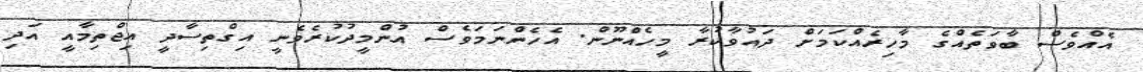
އެއްވެސް ބާވަތެއްގެ މާހިރެއްކަމަށް ދައުވާކުރާ މީހެއްނޫން. އެހެންނަމަވެސް އުންމީދުކުރެވެނީ އިގްތިސާދީ އިޖްތިމާއީ އަދި